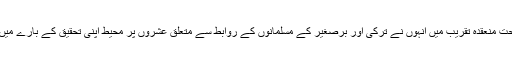
انسٹی ٹیوٹ کے تحت منعقدہ تقریب میں انہوں نے ترکی اور برصغیر کے مسلمانوں کے روابط سے متعلق عشروں پر محیط اپنی تحقیق کے بارے میں حاضرین کو بتایا۔